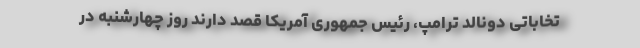
تخاباتی دونالد ترامپ، رئیس جمهوری آمریکا قصد دارند روز چهارشنبه در